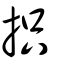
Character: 抧